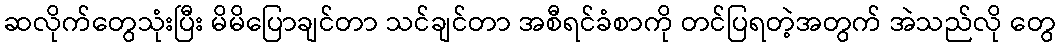
ဆလိုက်တွေသုံးပြီး မိမိပြောချင်တာ သင်ချင်တာ အစီရင်ခံစာကို တင်ပြရတဲ့အတွက် အဲသည်လို တွေ